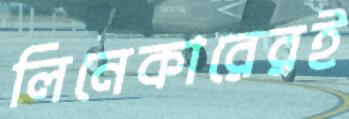
লিনেকারেরই